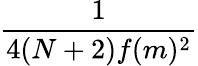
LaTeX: \frac{1}{4(N+2)f(m)^{2}}